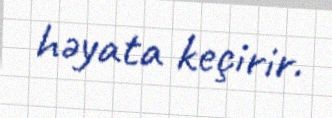
həyata keçirir.